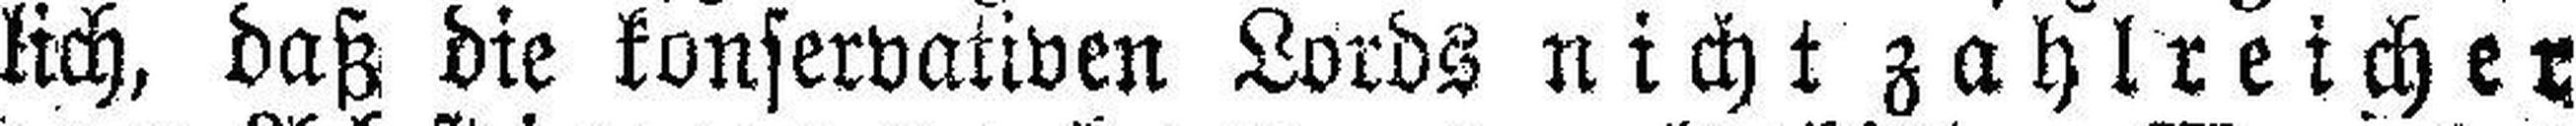
lich, daß die konservativen Lords nicht zahlreicher